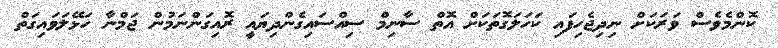
ކޮންމެވެސް ވަރަކަށް ނިދިޖެހިފައި ކަހަލަގޮތަކަށް އޮތް ސާނިމް ސިއްސައިގެންދިޔައީ ރޮއިގަންނަމުން ޖަމްނާ ހަޅޭލަވައިގަތް